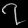
Digit: ၇